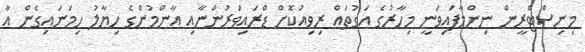
މިނިސްޓްރީން ނިންމާފައިވަނީ މިހާރުގެ އަގުތައް ރިވިއުކޮށް ޑްރައިވަރުންނާއި އާންމުންގެ ހިޔާލު ހިމަނައިގެން އާ